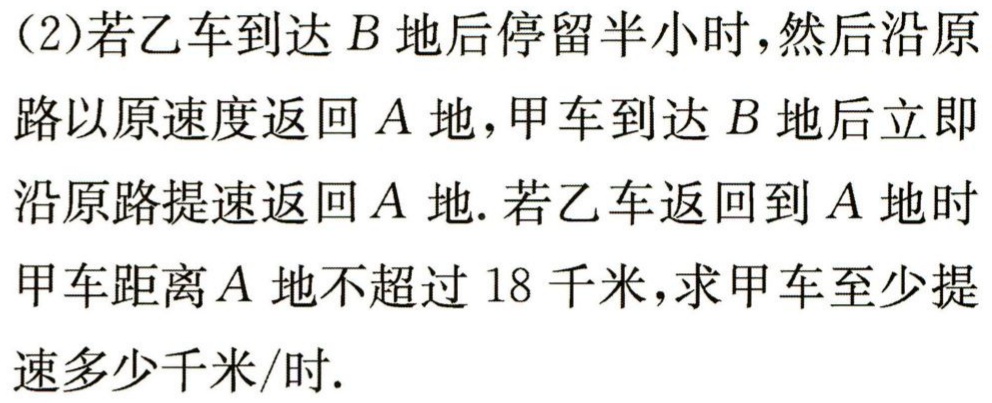
（2）若乙车到达\(B\)地后停留半小时，然后沿原路以原速度返回\(A\)地，甲车到达\(B\)地后立即沿原路提速返回\(A\) 地. 若乙车返回到\(A\)地时甲车距离\(A\)地不超过\(18\)千米，求甲车至少提速多少千米/时.